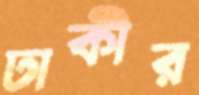
ঢাকীর